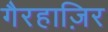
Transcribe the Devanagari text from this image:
गैरहाज़िर